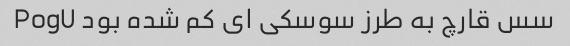
سس قارچ به طرز سوسکی ای کم شده بود PogU